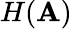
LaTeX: H(\mathbf{A})